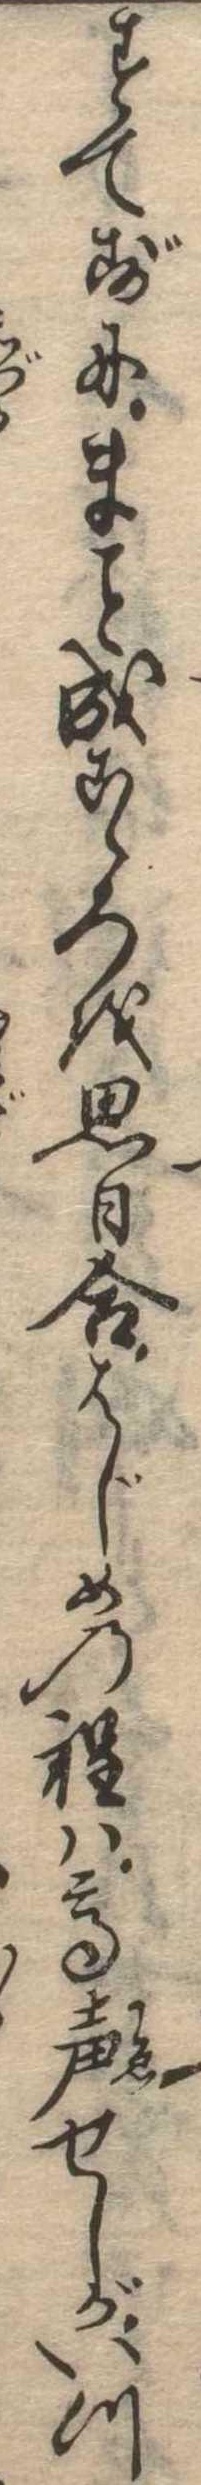
すてずにま成こゝろを思日合はじめの程は高声せしがいつ